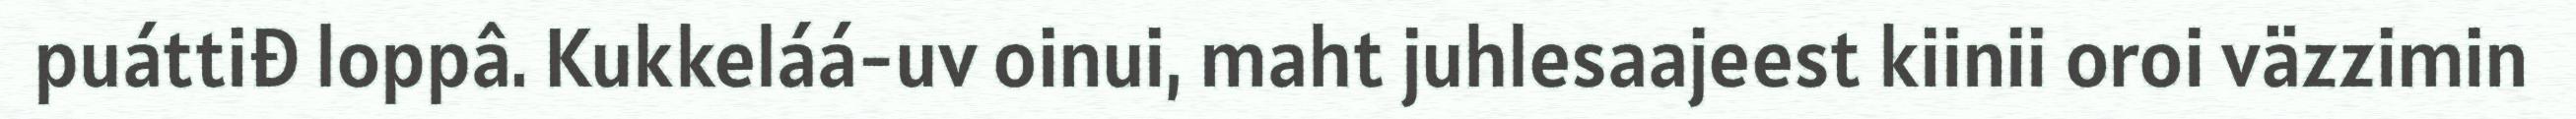
puáttiđ loppâ. Kukkeláá-uv oinui, maht juhlesaajeest kiinii oroi väzzimin